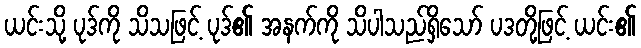
ယင်းသို့ ပုဒ်ကို သိသဖြင့် ပုဒ်၏ အနက်ကို သိပါသည်ရှိသော် ပဒတို့ဖြင့် ယင်း၏